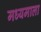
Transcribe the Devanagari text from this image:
मध्यमाला